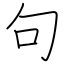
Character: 句